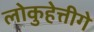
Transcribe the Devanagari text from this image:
लोकुहेत्तीगे